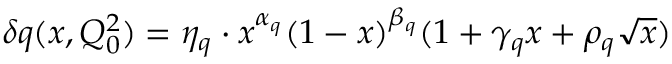
\delta q ( x , Q _ { 0 } ^ { 2 } ) = \eta _ { q } \cdot x ^ { \alpha _ { q } } ( 1 - x ) ^ { \beta _ { q } } ( 1 + \gamma _ { q } x + \rho _ { q } \sqrt { x } )